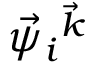
\vec { \psi } _ { i } { ^ { \vec { k } } }